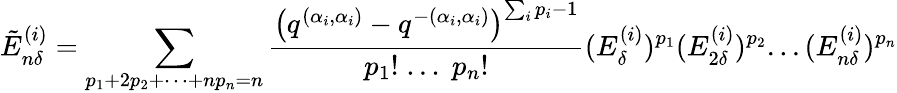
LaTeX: \tilde{E}_{n\delta}^{(i)}=\sum_{p_{1}+2p_{2}+\cdots+np_{n}=n}\frac{\left(q^{(\alpha_{i},\alpha_{i})}-q^{-(\alpha_{i},\alpha_{i})}\right)^{\sum_{i}p_{i}-1}}{p_{1}!\; ...\; p_{n}!}(E_{\delta}^{(i)})^{p_{1}}(E_{2\delta}^{(i)})^{p_{2}}...(E_{n\delta}^{(i)})^{p_{n}}